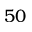
5 0